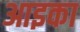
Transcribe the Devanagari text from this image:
आइका